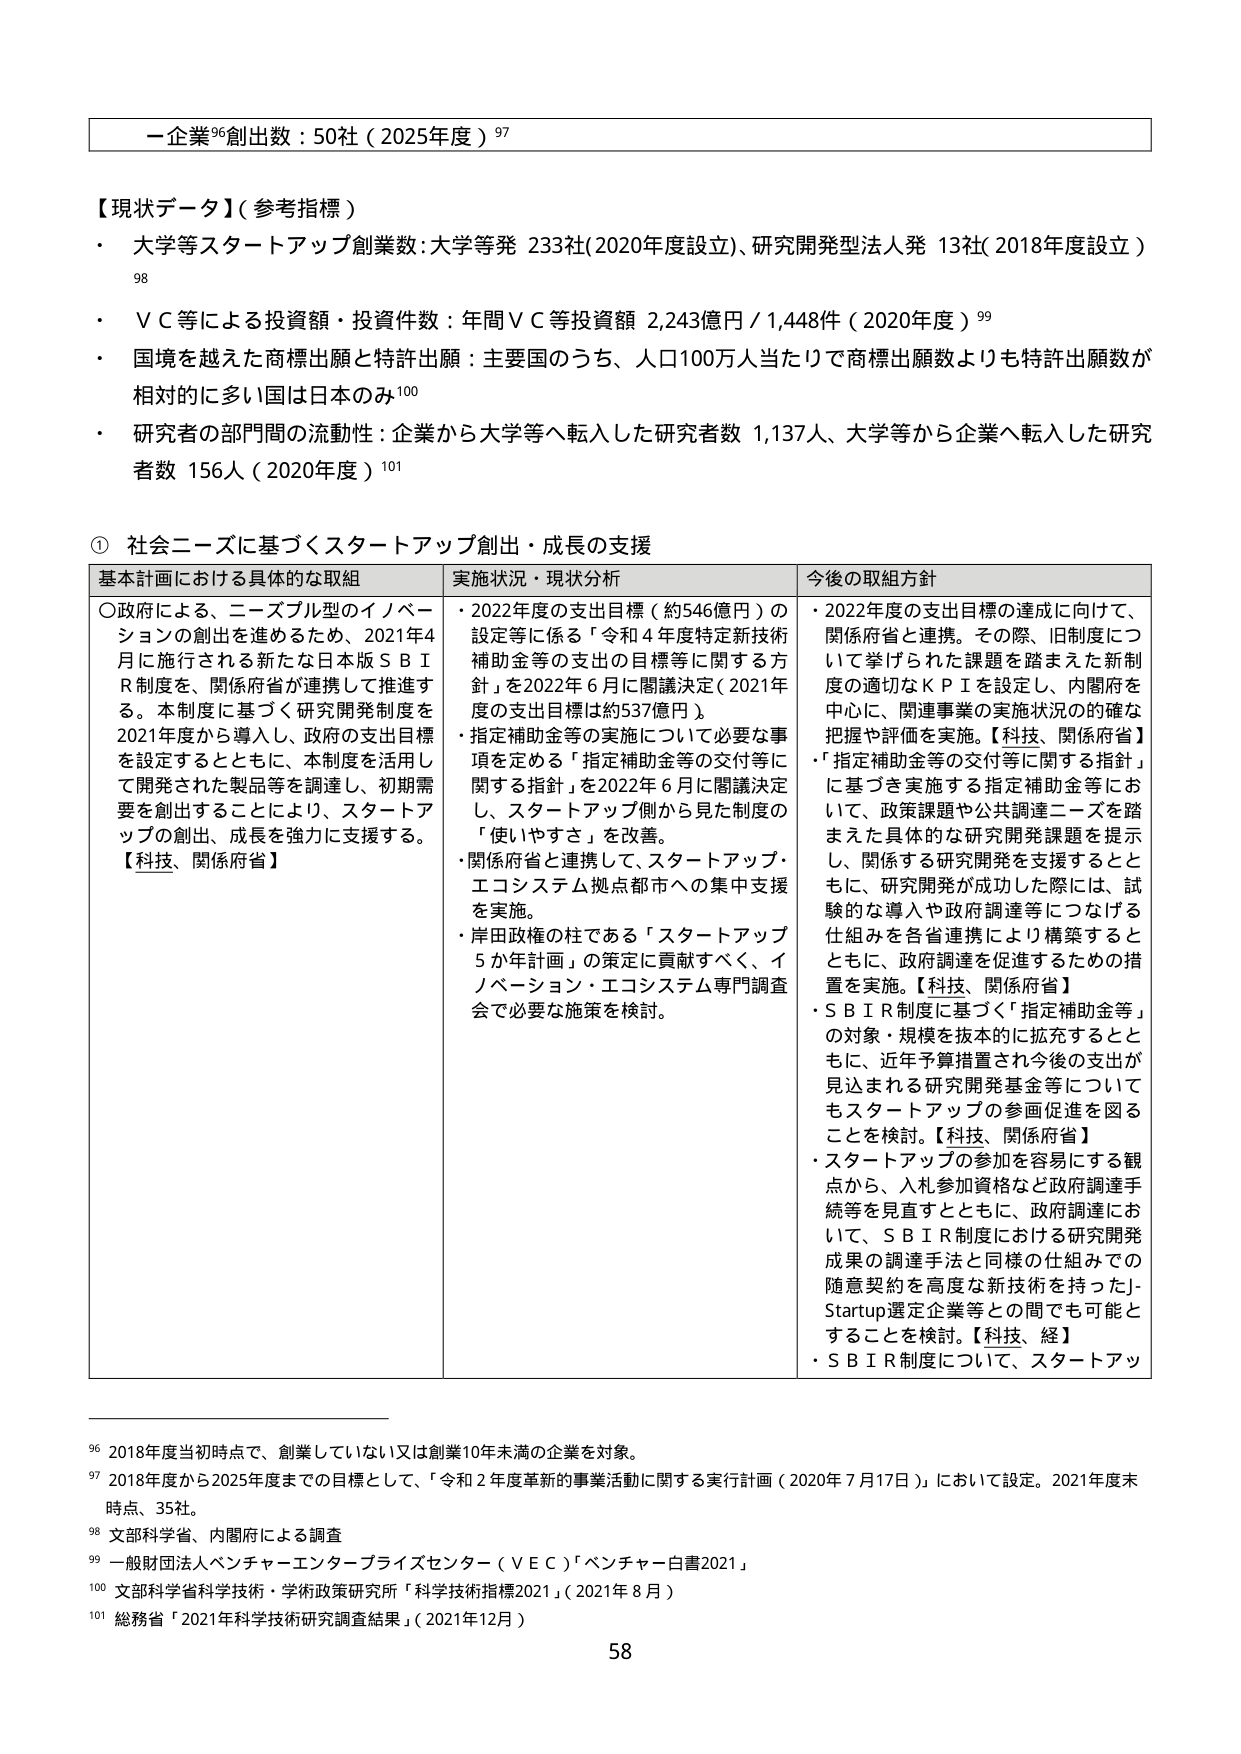
一企業⁹⁶創出数：50社（2025年度）⁹⁷

【現状データ】（参考指標）
・大学等スタートアップ創業数：大学等発 233社（2020年度設立）、研究開発型法人発 13社（2018年度設立）⁹⁸
・ＶＣ等による投資額・投資件数：年間ＶＣ等投資額 2,243億円／1,448件（2020年度）⁹⁹
・国境を越えた商標出願と特許出願：主要国のうち、人口100万人当たりで商標出願数よりも特許出願数が相対的に多い国は日本のみ¹⁰⁰
・研究者の部門間の流動性：企業から大学等へ転入した研究者数 1,137人、大学等から企業へ転入した研究者数 156人（2020年度）¹⁰¹

① 社会ニーズに基づくスタートアップ創出・成長の支援

基本計画における具体的な取組 実施状況・現状分析 今後の取組方針
○政府による、ニーズブル型のイノベーションの創出を進めるため、2021年4月に施行される新たな日本版ＳＢＩＲ制度を、関係府省が連携して推進する。本制度に基づく研究開発制度を2021年度から導入し、政府の支出目標を設定するとともに、本制度を活用して開発された製品等を調達し、初期需要を創出することにより、スタートアップの創出・成長を強力に支援する。【科技、関係府省】
・2022年度の支出目標（約546億円）の設定等に係る「令和4年度特定新技術補助金等の支出の目標等に関する方針」を2022年6月に閣議決定（2021年度の支出目標は約537億円）。
・指定補助金等の実施について必要な事項を定める「指定補助金等の交付等に関する指針」を2022年6月に閣議決定し、スタートアップ側から見た制度の「使いやすさ」を改善。
・関係府省と連携して、スタートアップ・エコシステム拠点都市への集中支援を実施。
・岸田政権の柱である「スタートアップ5か年計画」の策定に貢献すべく、イノベーション・エコシステム専門調査会で必要な施策を検討。
・2022年度の支出目標の達成に向けて、関係府省と連携。その際、旧制度について挙げられた課題を踏まえた新制度の適切なＫＰＩを設定し、内閣府を中心に、関連事業の実施状況の的確な把握や評価を実施。【科技、関係府省】
・「指定補助金等の交付等に関する指針」に基づき実施する指定補助金等において、政策課題や公共調達ニーズを踏まえた具体的な研究開発課題を提示し、関係する研究開発を支援するとともに、研究開発が成功した際には、試験的な導入や政府調達等につなげる仕組みを各省連携により構築するとともに、政府調達を促進するための措置を実施。【科技、関係府省】
・ＳＢＩＲ制度に基づく「指定補助金等」の対象・規模を抜本的に拡充するとともに、近年予算措置され今後の支出が見込まれる研究開発基金等についてもスタートアップの参画促進を図ることを検討。【科技、関係府省】
・スタートアップの参加を容易にする観点から、入札参加資格など政府調達手続等を見直すとともに、政府調達において、ＳＢＩＲ制度における研究開発成果の調達手法と同様の仕組みでの随意契約を高度な新技術を持ったJ-Startup選定企業等との間でも可能とすることを検討。【科技、経】
・ＳＢＩＲ制度について、スタートアップ

⁹⁶ 2018年度当初時点で、創業していない又は創業10年未満の企業を対象。
⁹⁷ 2018年度から2025年度までの目標として、「令和2年度革新的事業活動に関する実行計画（2020年7月17日）」において設定。2021年度末時点、35社。
⁹⁸ 文部科学省、内閣府による調査
⁹⁹ 一般財団法人ベンチャーエンタープライズセンター（ＶＥＣ）「ベンチャー白書2021」
¹⁰⁰ 文部科学省科学技術・学術政策研究所「科学技術指標2021」（2021年8月）
¹⁰¹ 総務省「2021年科学技術研究調査結果」（2021年12月）

58